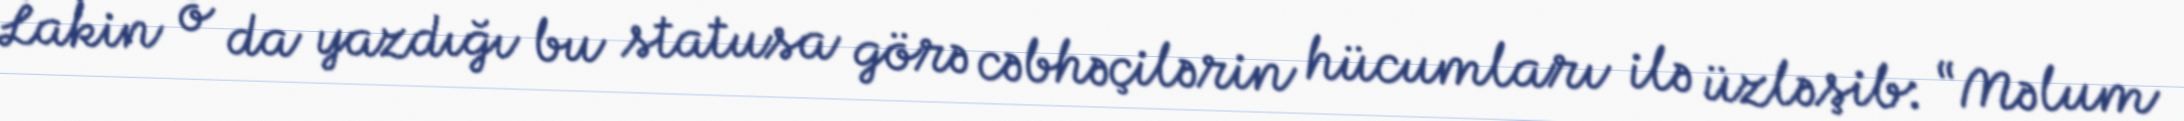
Lakin o da yazdığı bu statusa görə cəbhəçilərin hücumları ilə üzləşib: “Məlum